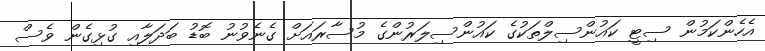
އެހެންކަމުން ސިޓީ ކައުންސިލްތަކުގެ ކައުންސިލަރުންގެ މުސާރައަށް ގެނެވުނު ބޮޑު ބަދަލާއި ގުޅިގެން ވެސް